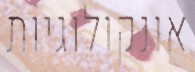
אונקולוגיות